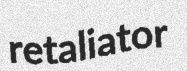
retaliator